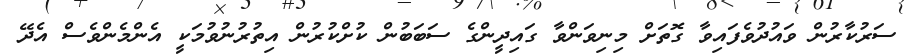
ސަރުކާރުން ވައުދުވެފައިވާ ގޮތަށް މިނިވަންވާ ގައިދީންގެ ސަބަބުން ކުށްކުރުން އިތުރުނުވުމަކީ އެންމެންވެސް އެދޭ